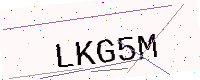
Text: LKG5M